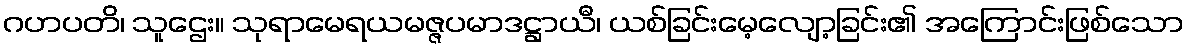
ဂဟပတိ၊ သူဌေး။ သုရာမေရယမဇ္ဇပမာဒဋ္ဌာယီ၊ ယစ်ခြင်းမေ့လျော့ခြင်း၏ အကြောင်းဖြစ်သော